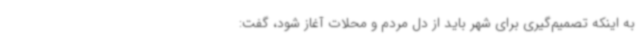
به اینکه تصمیم‌گیری برای شهر باید از دل مردم و محلات آغاز شود، گفت: